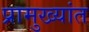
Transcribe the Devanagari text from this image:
प्रामुख्यांत